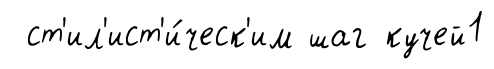
ст'ил'ист'и́ческ'им шаг кучей1